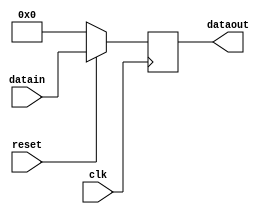
`timescale 1ns / 1ps
//////////////////////////////////////////////////////////////////////////////////
// Company: 
// Engineer: 
// 
// Design Name: 
// Module Name: toreg
// Project Name: 
// Target Devices: 
// Tool Versions: 
// Description: 
// 
// Dependencies: 
// 
// Revision:
// Revision 0.01 - File Created
// Additional Comments:
// 
//////////////////////////////////////////////////////////////////////////////////


module toreg(
    input clk,
    input reset,
    input[31:0] datain,
    output reg[31:0] dataout
);
    
initial begin
    dataout = 0;
end


always@(posedge clk) begin
    if (reset==0) begin
        dataout<=0;
    end
    else begin
        dataout <= datain;
    end
end

endmodule